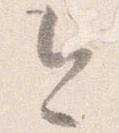
今